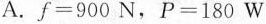
A.f=900N，P=180W